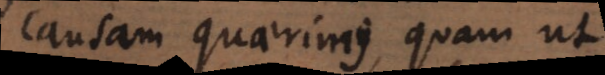
causam quaerimus, quam ut